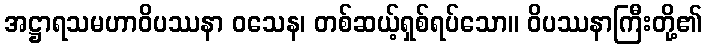
အဋ္ဌာရသမဟာဝိပဿနာ ဝသေန၊ တစ်ဆယ့်ရှစ်ရပ်သော။ ဝိပဿနာကြီးတို့၏